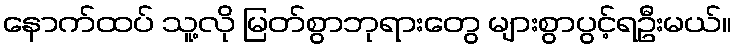
နောက်ထပ် သူ့လို မြတ်စွာဘုရားတွေ များစွာပွင့်ရဦးမယ်။